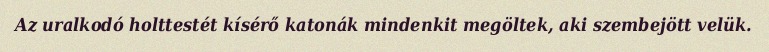
Az uralkodó holttestét kísérő katonák mindenkit megöltek, aki szembejött velük.